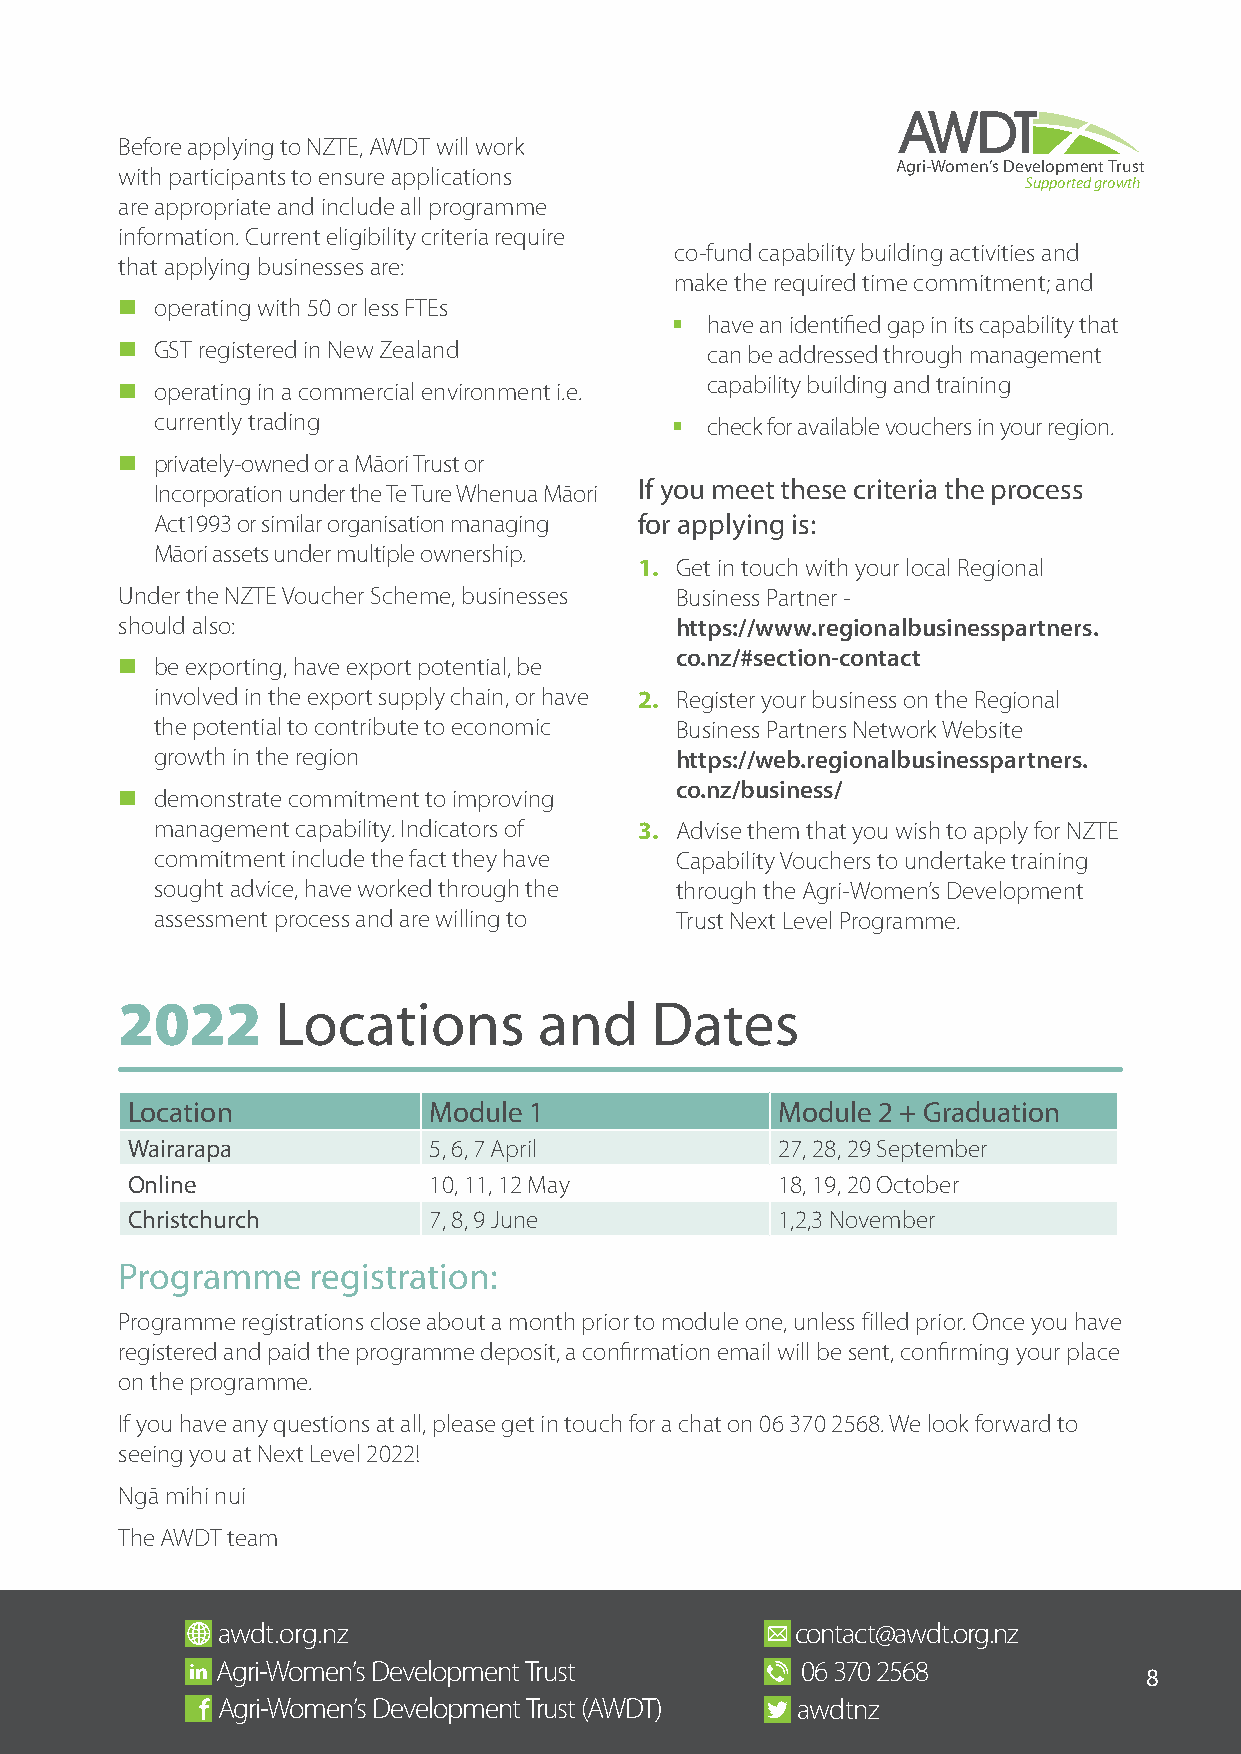
Before applying to NZTE, AWDT will work
 Agri-Women’s Development Trust
 with participants to ensure applications
 Supported growth
 are appropriate and include all programme
 information. Current eligibility criteria require
 co-fund capability building activities and
 that applying businesses are:
 make the required time commitment; and
 n operating with 50 or less FTEs
 §  have an identified gap in its capability that
 n GST registered in New Zealand        can be addressed through management
 capability building and training
 n operating in a commercial environment i.e.
 currently trading                 §  check for available vouchers in your region.
 n privately-owned or a Māori Trust or
 Incorporation under the Te Ture Whenua Māori If you meet these criteria the process
 Act1993 or similar organisation managing for applying is:
 Māori assets under multiple ownership.
 1. Get in touch with your local Regional
 Under the NZTE Voucher Scheme, businesses Business Partner -
 should also:                         https://www.regionalbusinesspartners.
 co.nz/#section-contact
 n be exporting, have export potential, be
 involved in the export supply chain, or have 2. Register your business on the Regional
 the potential to contribute to economic Business Partners Network Website
 growth in the region               https://web.regionalbusinesspartners.
 co.nz/business/
 n demonstrate commitment to improving
 management capability. Indicators of 3. Advise them that you wish to apply for NZTE
 commitment include the fact they have Capability Vouchers to undertake training
 sought advice, have worked through the through the Agri-Women’s Development
 assessment process and are willing to Trust Next Level Programme.
 2022      Locations         and    Dates
 Location            Module 1               Module 2 + Graduation
 Wairarapa           5, 6, 7 April          27, 28, 29 September
 Online              10, 11, 12 May         18, 19, 20 October
 Christchurch        7, 8, 9 June           1,2,3 November
 Programme    registration:
 Programme registrations close about a month prior to module one, unless filled prior. Once you have
 registered and paid the programme deposit, a confirmation email will be sent, confirming your place
 on the programme.
 If you have any questions at all, please get in touch for a chat on 06 370 2568. We look forward to
 seeing you at Next Level 2022!
 Ngā mihi nui
 The AWDT team
 awdt.org.nz                            contact@awdt.org.nz
 Agri-Women’s Development Trust         06 370 2568
 8
 Agri-Women’s Development Trust (AWDT)  awdtnz